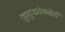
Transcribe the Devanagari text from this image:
कुटुझोवनेही